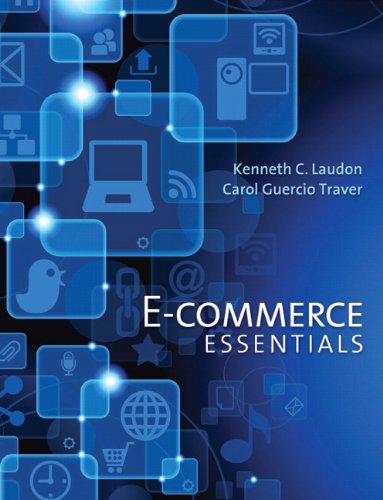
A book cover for E-Commerce Essentials; Kenneth C. Laudon; Computers & Technology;